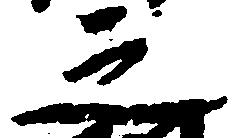
之